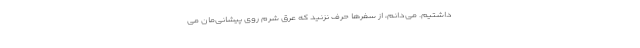
‌داشتیم. می‌دانم، از سفرها حرف نزنید که عرق شرم روی پیشانی‌مان می